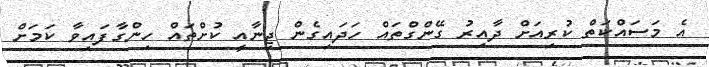
އެ މަސައްކަތް ކުރިއަށް ދާއިރު ގޭންގްތައް ހަދައިގެން ޖިނާއީ ކުށްތައް ހިންގާފައިވާ ކަމަށް